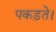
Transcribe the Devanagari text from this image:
पकड़ते।